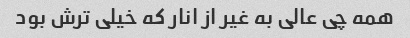
همه چی عالی به غیر از انار که خیلی ترش بود